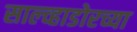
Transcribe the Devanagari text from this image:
साल्व्हाडोरच्या